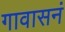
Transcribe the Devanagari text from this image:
गावासनं